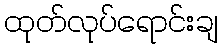
ထုတ်လုပ်ရောင်းချ